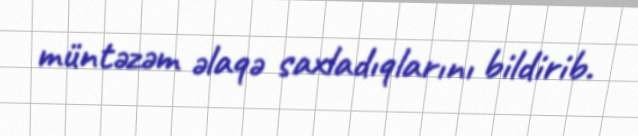
müntəzəm əlaqə saxladıqlarını bildirib.